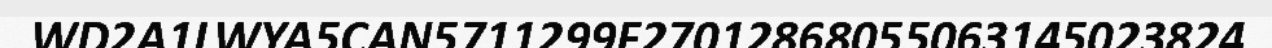
WD2A1LWYA5CAN5711299F27012868055063145023824